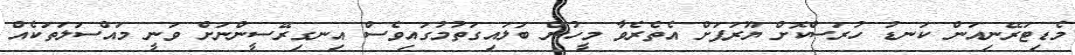
މެޑިޓަރޭނިއަން ކަނޑު ހުރަސްކޮށް ޔޫރަޕަށް އެތެރެވާ މީހުން ބަލައިގަތުމުގައިވެސް އިނގިރޭސީންނަށް ވަނީ މައްސަލަތަކެއް